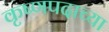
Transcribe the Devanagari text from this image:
कृष्णपदाच्या